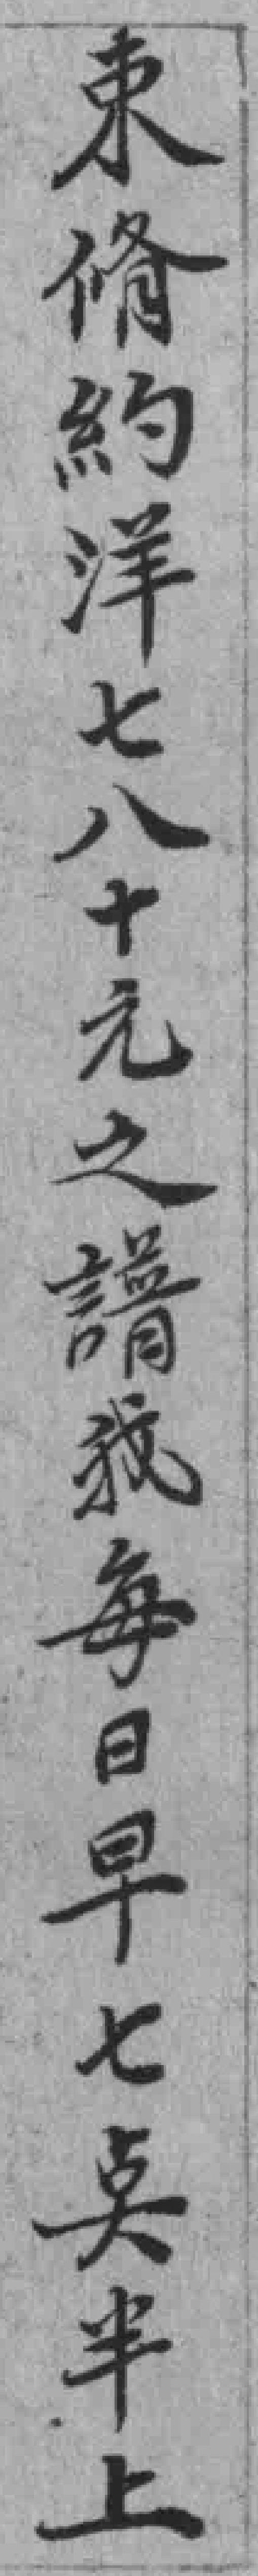
東脩約洋七八十元之譜我每日早七奌半上